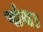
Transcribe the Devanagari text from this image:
पांच।